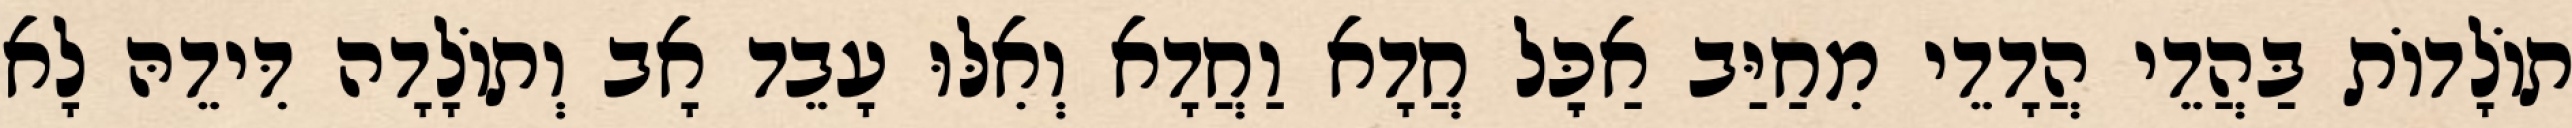
תוֹלָדוֹת בַּהֲדֵי הֲדָדֵי מִחַיַּב אַכׇּל חֲדָא וַחֲדָא וְאִלּוּ עָבֵד אָב וְתוֹלָדָה דִּידֵהּ לָא